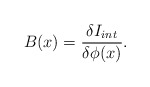
\begin{align*}B(x) = \frac{\delta I_{int}}{\delta \phi(x)}.\end{align*}